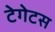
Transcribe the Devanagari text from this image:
टेगेटस